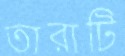
তারাটি